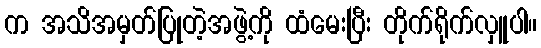
က အသိအမှတ်ပြုတဲ့အဖွဲ့ကို ထံမေးပြီး တိုက်ရိုက်လှူပါ။